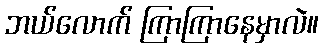
ဘယ်လောက် ကြာကြာနေမှာလဲ။